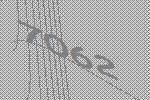
7062